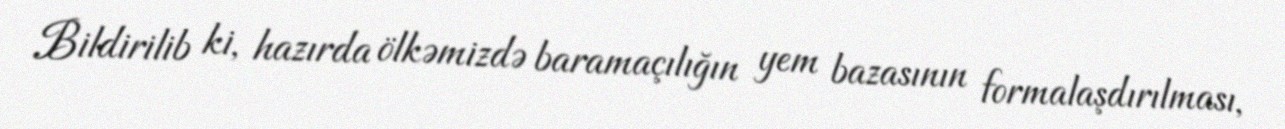
Bildirilib ki, hazırda ölkəmizdə baramaçılığın yem bazasının formalaşdırılması,